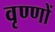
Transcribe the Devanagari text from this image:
वृण्णों